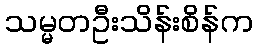
သမ္မတဦးသိန်းစိန်က